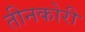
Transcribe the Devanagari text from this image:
तीनकोरी